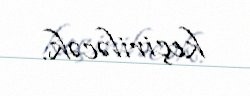
keçiriləcək.